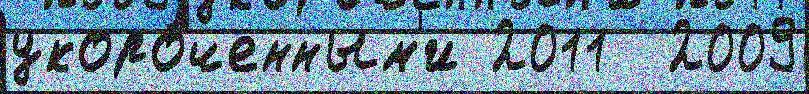
укоро́ченным'и 2011  2009